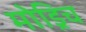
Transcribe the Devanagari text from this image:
मोड्रिच